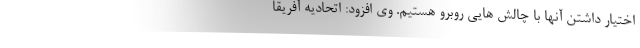
اختیار داشتن آنها با چالش هایی روبرو هستیم. وی افزود: اتحادیه آفریقا